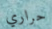
حراري